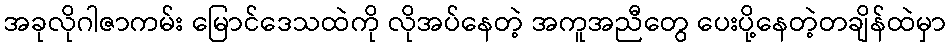
အခုလိုဂါဇာကမ်း မြောင်ဒေသထဲကို လိုအပ်နေတဲ့ အကူအညီတွေ ပေးပို့နေတဲ့တချိန်ထဲမှာ